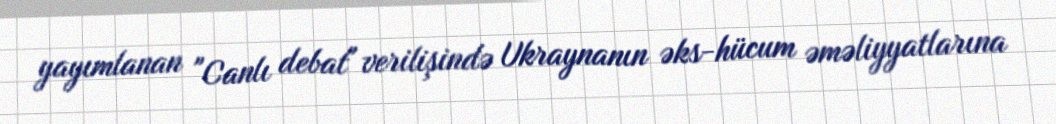
yayımlanan "Canlı debat" verilişində Ukraynanın əks-hücum əməliyyatlarına